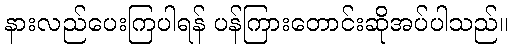
နားလည်ပေးကြပါရန် ပန်ကြားတောင်းဆိုအပ်ပါသည်။